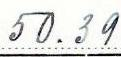
50.39